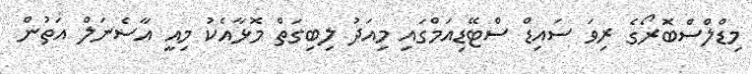
މިޑްލްސްބޮރޯގެ ރިވަ ސައިޑް ސްޓޭޑިއަމްގައި މިއަދު ލިބިގަތް މޮޅާއެކު މިއީ އާސެނަލް އަތުން